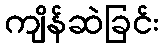
ကျိန်ဆဲခြင်း